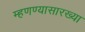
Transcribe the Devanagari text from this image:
म्हणण्यासारख्या